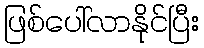
ဖြစ်ပေါ်လာနိုင်ပြီး